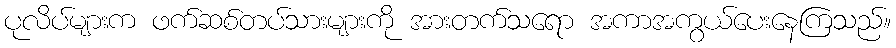
ပုလိပ်များက ဖက်ဆစ်တပ်သားများကို အားတက်သရော အကာအကွယ်ပေးနေကြသည်။